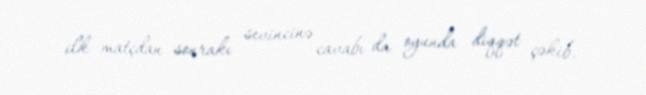
ilk matçdan sonrakı sevincinə cavabı da oyunda diqqət çəkib.